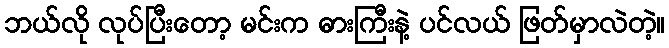
ဘယ်လို လုပ်ပြီးတော့ မင်းက ဓားကြီးနဲ့ ပင်လယ် ဖြတ်မှာလဲတဲ့။